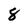
Character: 8